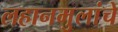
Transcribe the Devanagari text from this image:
लहानमुलांचे